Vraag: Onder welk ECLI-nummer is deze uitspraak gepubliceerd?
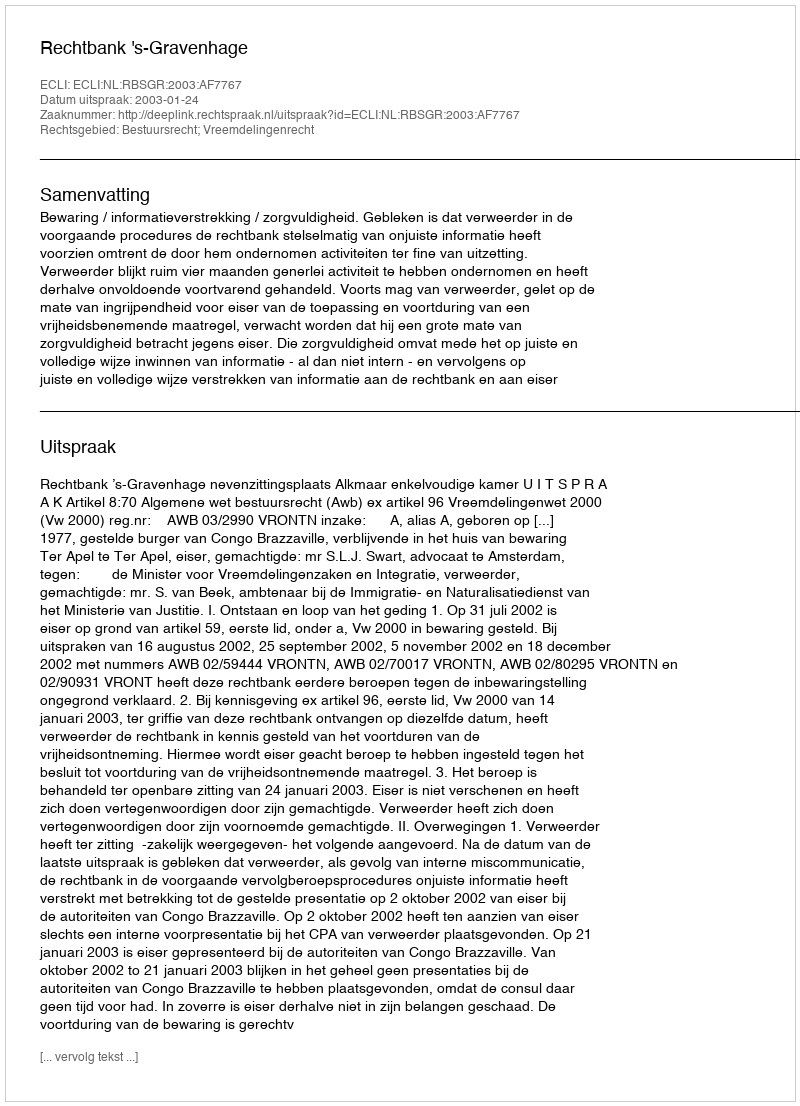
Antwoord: ECLI:NL:RBSGR:2003:AF7767